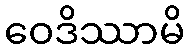
ဝေဒိဿာမိ